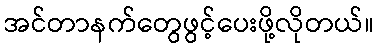
အင်တာနက်တွေဖွင့်ပေးဖို့လိုတယ်။